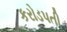
કરોડપતી